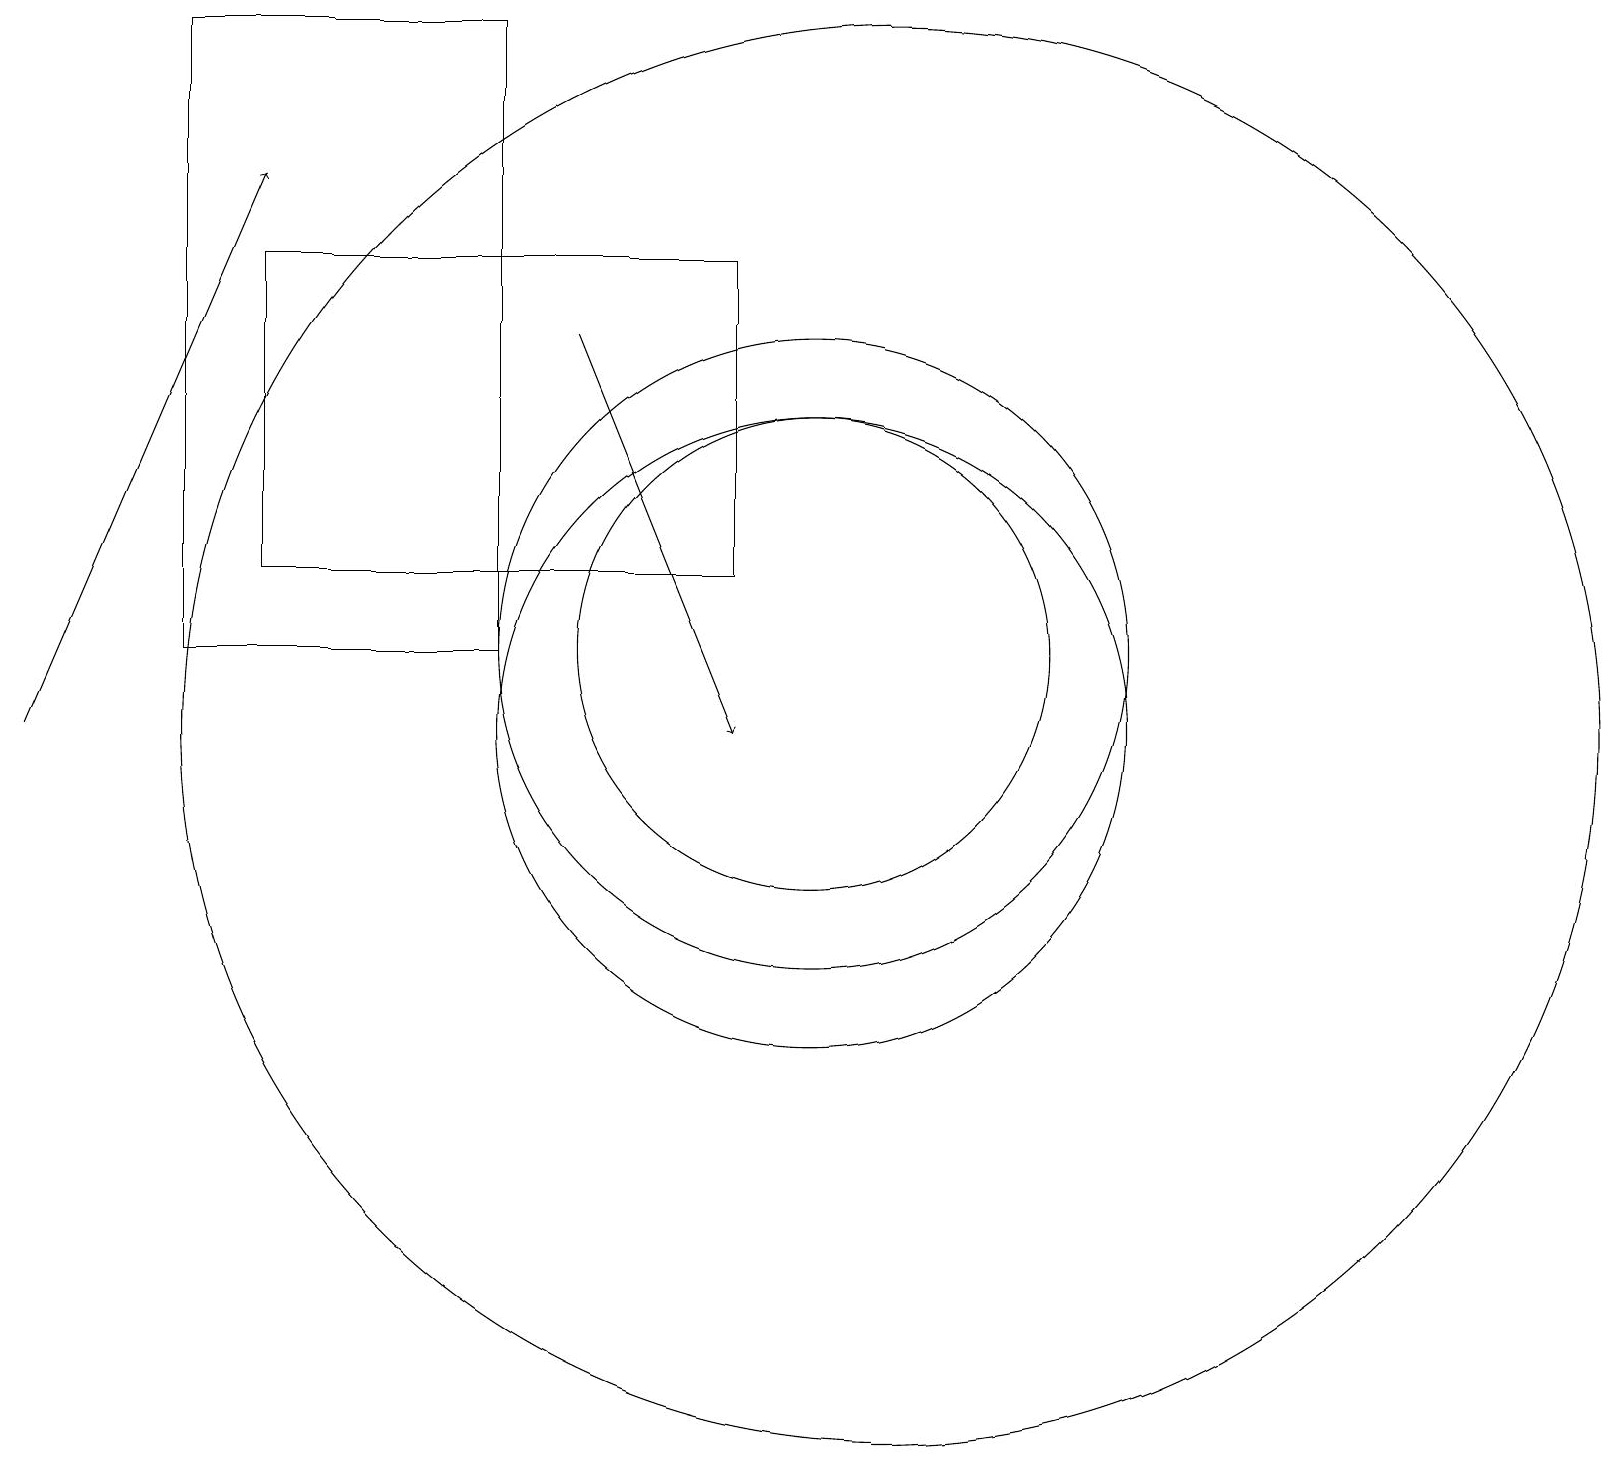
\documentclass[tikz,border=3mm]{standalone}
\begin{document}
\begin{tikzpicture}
\draw[->] (0,10) -- (3,17);
\draw (11,10) circle (9);
\draw (10,11) circle (3);
\draw (9,12) rectangle (3,16);
\draw (10,11) circle (4);
\draw (2,11) rectangle (6,19);
\draw[->] (7,15) -- (9,10);
\draw (10,10) circle (4);
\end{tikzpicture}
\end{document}